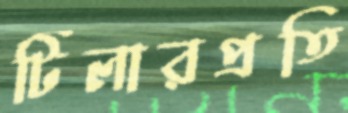
টিলারপ্রতি